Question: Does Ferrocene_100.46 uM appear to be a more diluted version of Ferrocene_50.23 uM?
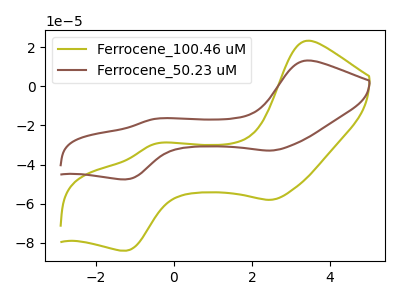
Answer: <think>The olive curve "Ferrocene_100.46 uM" has anodic peaks at (3.40V, 23.25uA) (-0.50V, -29.45uA) and cathodic peaks at (2.50V, -58.00uA) (-1.20V, -83.95uA). The brown curve "Ferrocene_50.23 uM" has anodic peaks at (3.40V, 13.15uA) (-0.50V, -16.70uA) and cathodic peaks at (2.50V, -32.85uA) (-1.20V, -47.55uA).
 All the peaks in "Ferrocene_100.46 uM" have a peak in "Ferrocene_50.23 uM" at the same potential.</think>
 <answer>I cant tell if "Ferrocene_100.46 uM" or "Ferrocene_50.23 uM" has higher concentration.</answer>
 <eval>mixed_concentration</eval>